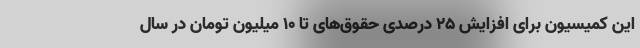
این کمیسیون برای افزایش ٢۵ درصدی حقوق‌های تا ۱۰ میلیون تومان در سال